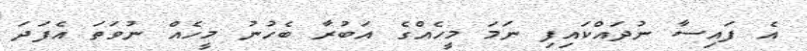
އެ ފައިސާ ނުދައްކައިފި ނަމަ މީހެއްގެ އަބުރާ ބެހުނު މީހެއް ނުވަތަ އެފަދަ